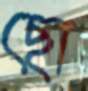
ছো